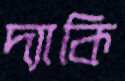
দ্যাকি